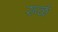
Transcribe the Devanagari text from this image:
रूळं